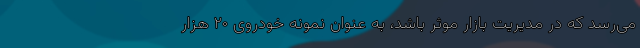
می‌رسد که در مدیریت بازار موثر باشد، به عنوان نمونه خودروی ۲۰ هزار